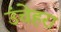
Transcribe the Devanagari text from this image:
उंचेहरा